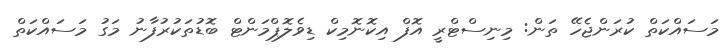
މަސައްކަތް ކުރަންޖެހޭ ތަން: މިނިސްޓްރީ އޮފް އިކޮނޮމިކް ޑިވެލޮޕްމަންޓް ބޮޑުތަކުރުފާނު މަގު މަސައްކަތް